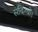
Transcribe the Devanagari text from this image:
संदिग्धों।